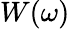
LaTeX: W(\omega)